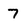
Character: 7